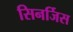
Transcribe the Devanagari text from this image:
सिनर्जिस